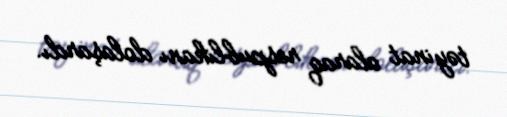
təyinat alaraq respublikanı dolaşardı.